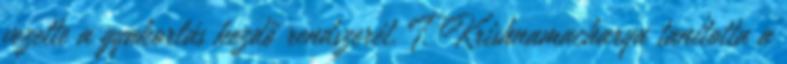
vezette a gyakorlás kezdő rendszerét. T. Krishnamacharya tanította a